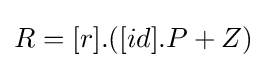
\textstyle R=[r].([id].P+Z)